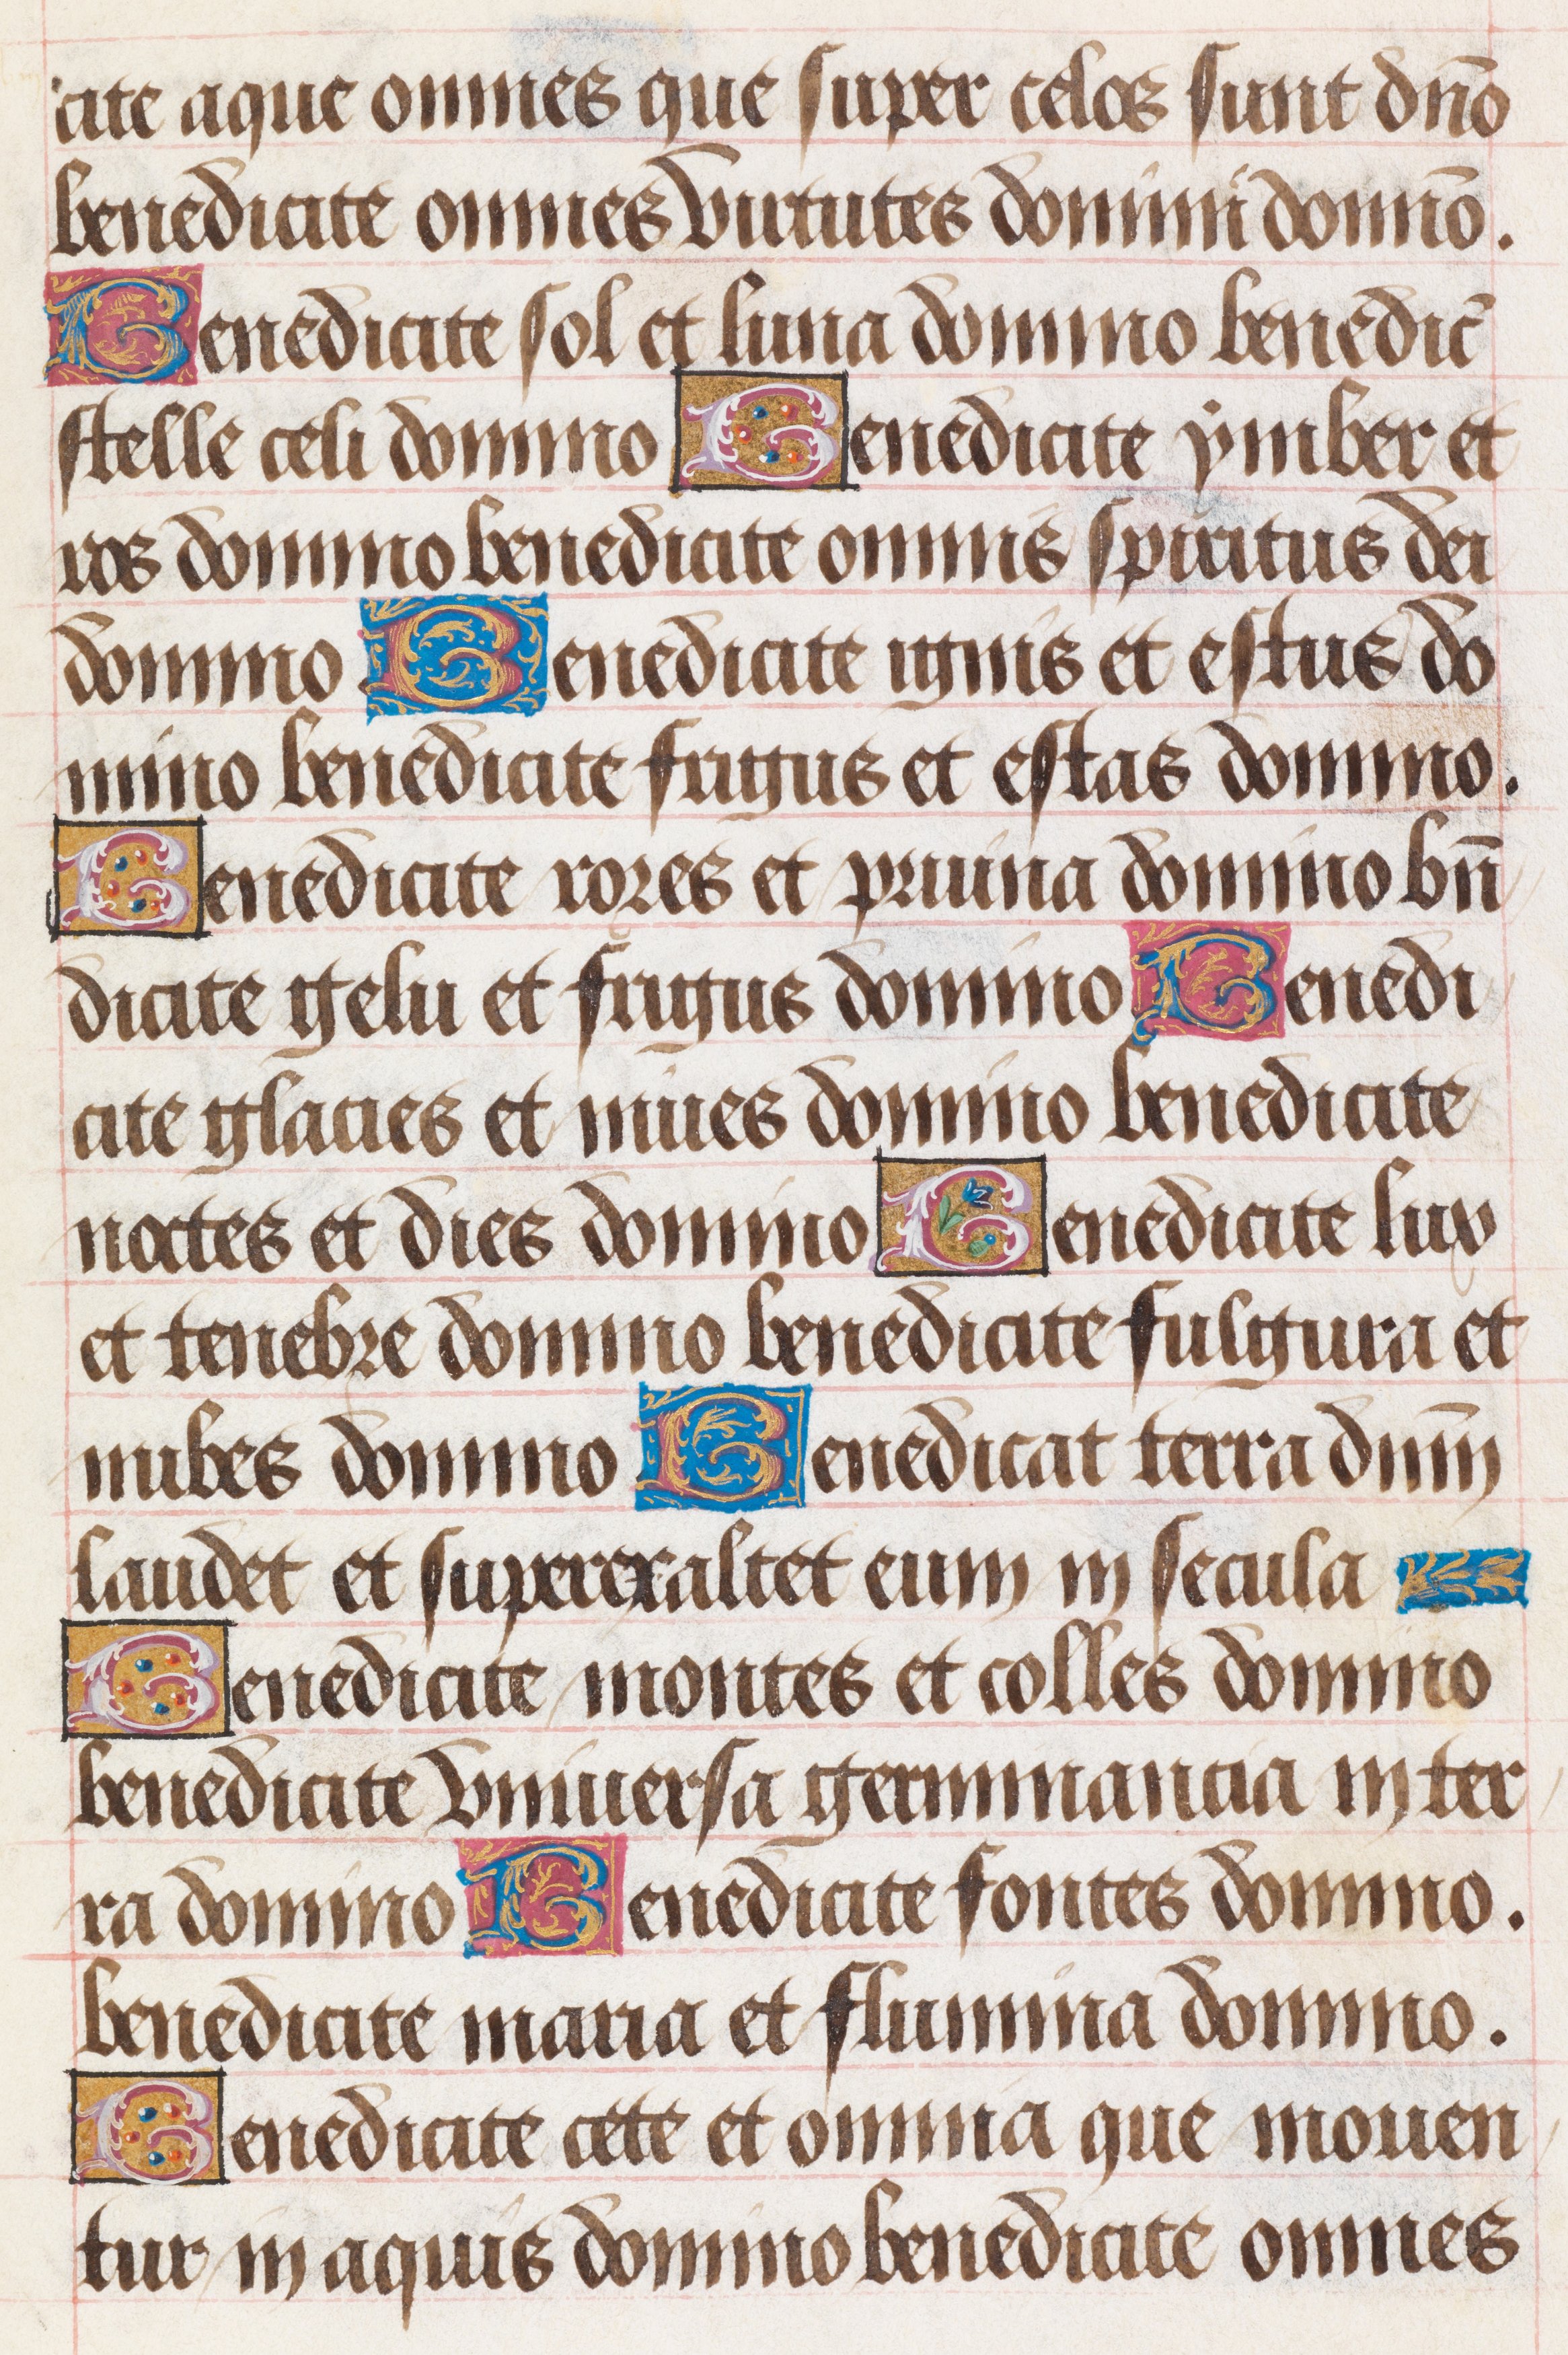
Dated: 1480–1490